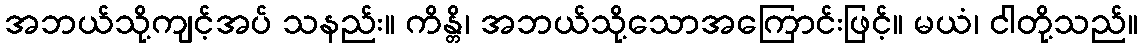
အဘယ်သို့ကျင့်အပ် သနည်း။ ကိန္တိ၊ အဘယ်သို့သောအကြောင်းဖြင့်။ မယံ၊ ငါတို့သည်။